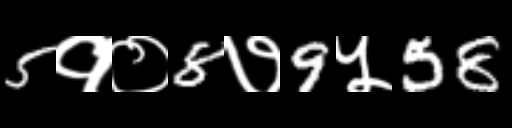
Text: 5१०8७9५58